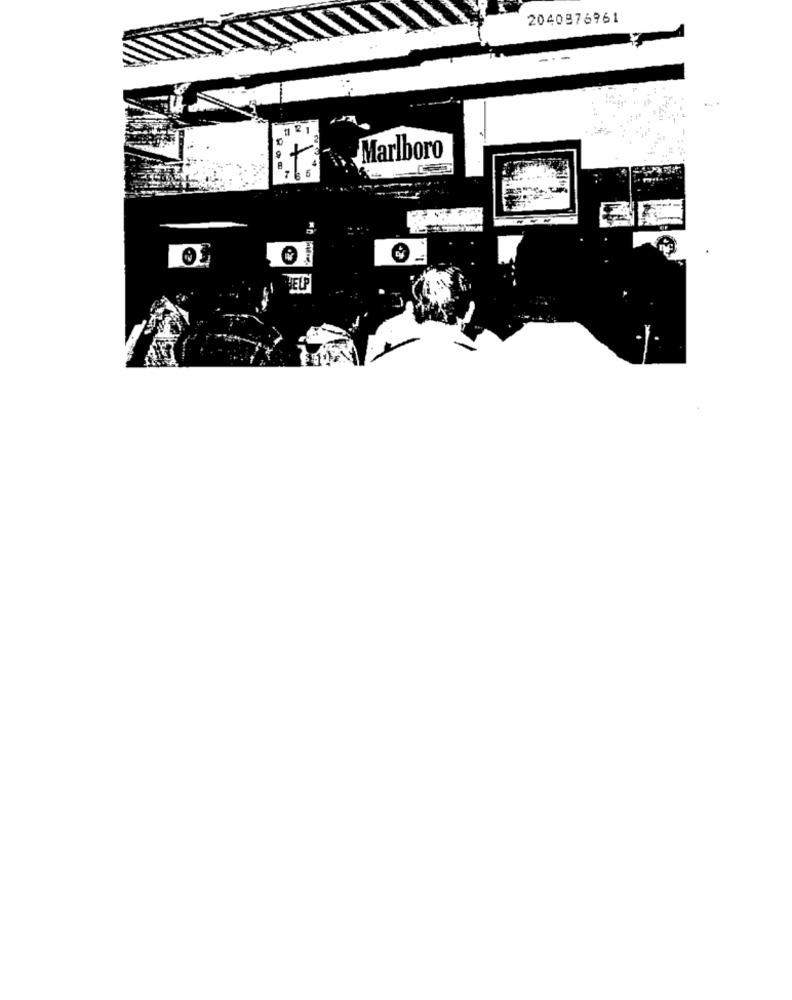
2040876961
2
Marlboro
7 5
--- "
ELP